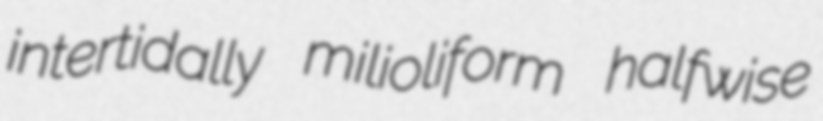
intertidally milioliform halfwise